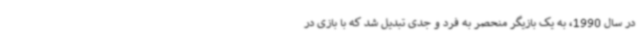
در سال 1990، به یک بازیگر منحصر به فرد و جدی تبدیل شد که با بازی در